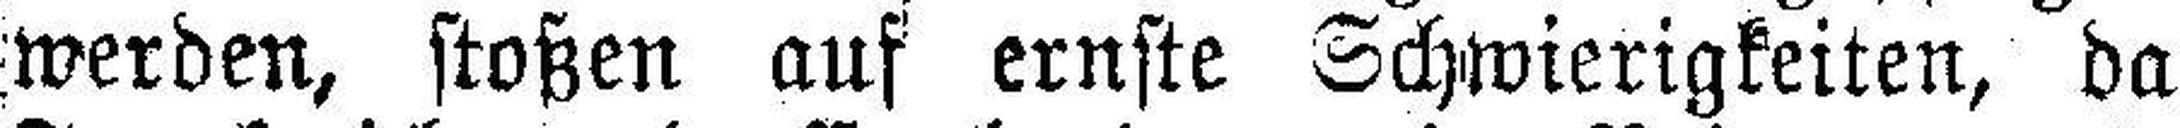
werden, stoßen auf ernste Schwierigkeiten, da